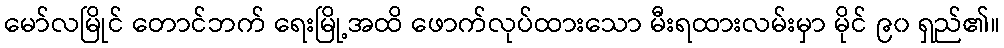
မော်လမြိုင် တောင်ဘက် ရေးမြို့အထိ ဖောက်လုပ်ထားသော မီးရထားလမ်းမှာ မိုင် ၉၀ ရှည်၏။